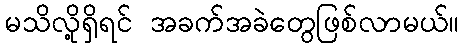
မသိလို့ရှိရင် အခက်အခဲတွေဖြစ်လာမယ်။